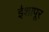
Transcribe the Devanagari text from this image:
ईशापूर